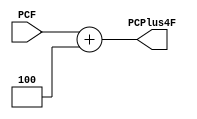
`timescale 1ns / 1ps
//////////////////////////////////////////////////////////////////////////////////
// Company: 
// Engineer: 
// 
// Design Name: 
// Module Name: Adder4orbranch
// Project Name: 
// Target Devices: 
// Tool Versions: 
// Description: 
// 
// Dependencies: 
// 
// Revision:
// Revision 0.01 - File Created
// Additional Comments:
// 
//////////////////////////////////////////////////////////////////////////////////


module Adder4orbranch(
input [31:0]PCF,
output [31:0]PCPlus4F
);

assign PCPlus4F = PCF + 3'b100;

endmodule